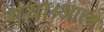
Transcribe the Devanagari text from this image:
गया।आत्म